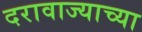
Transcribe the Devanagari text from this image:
दरावाज्याच्या